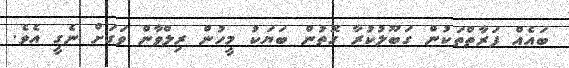
ބައެއް ފަރާތްތަކުން ގަބޫލުކުރާ ގޮތުން ބަޔަކު މީހުން ރިލްވާން ވަގަށް ނެގީ އެވެ.